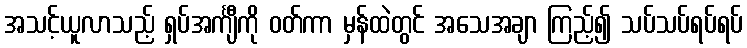
အသင့်ယူလာသည့် ရှပ်အင်္ကျီကို ဝတ်ကာ မှန်ထဲတွင် အသေအချာ ကြည့်၍ သပ်သပ်ရပ်ရပ်